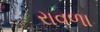
રાવળા